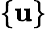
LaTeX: \{ \mathbf{u}\}